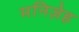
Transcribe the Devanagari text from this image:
मनिज़ेह